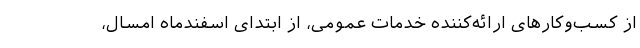
از کسب‌وکارهای ارائه‌کننده خدمات عمومی، از ابتدای اسفندماه امسال،